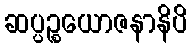
ဆပ္ပဉ္စယောဇနာနိပိ